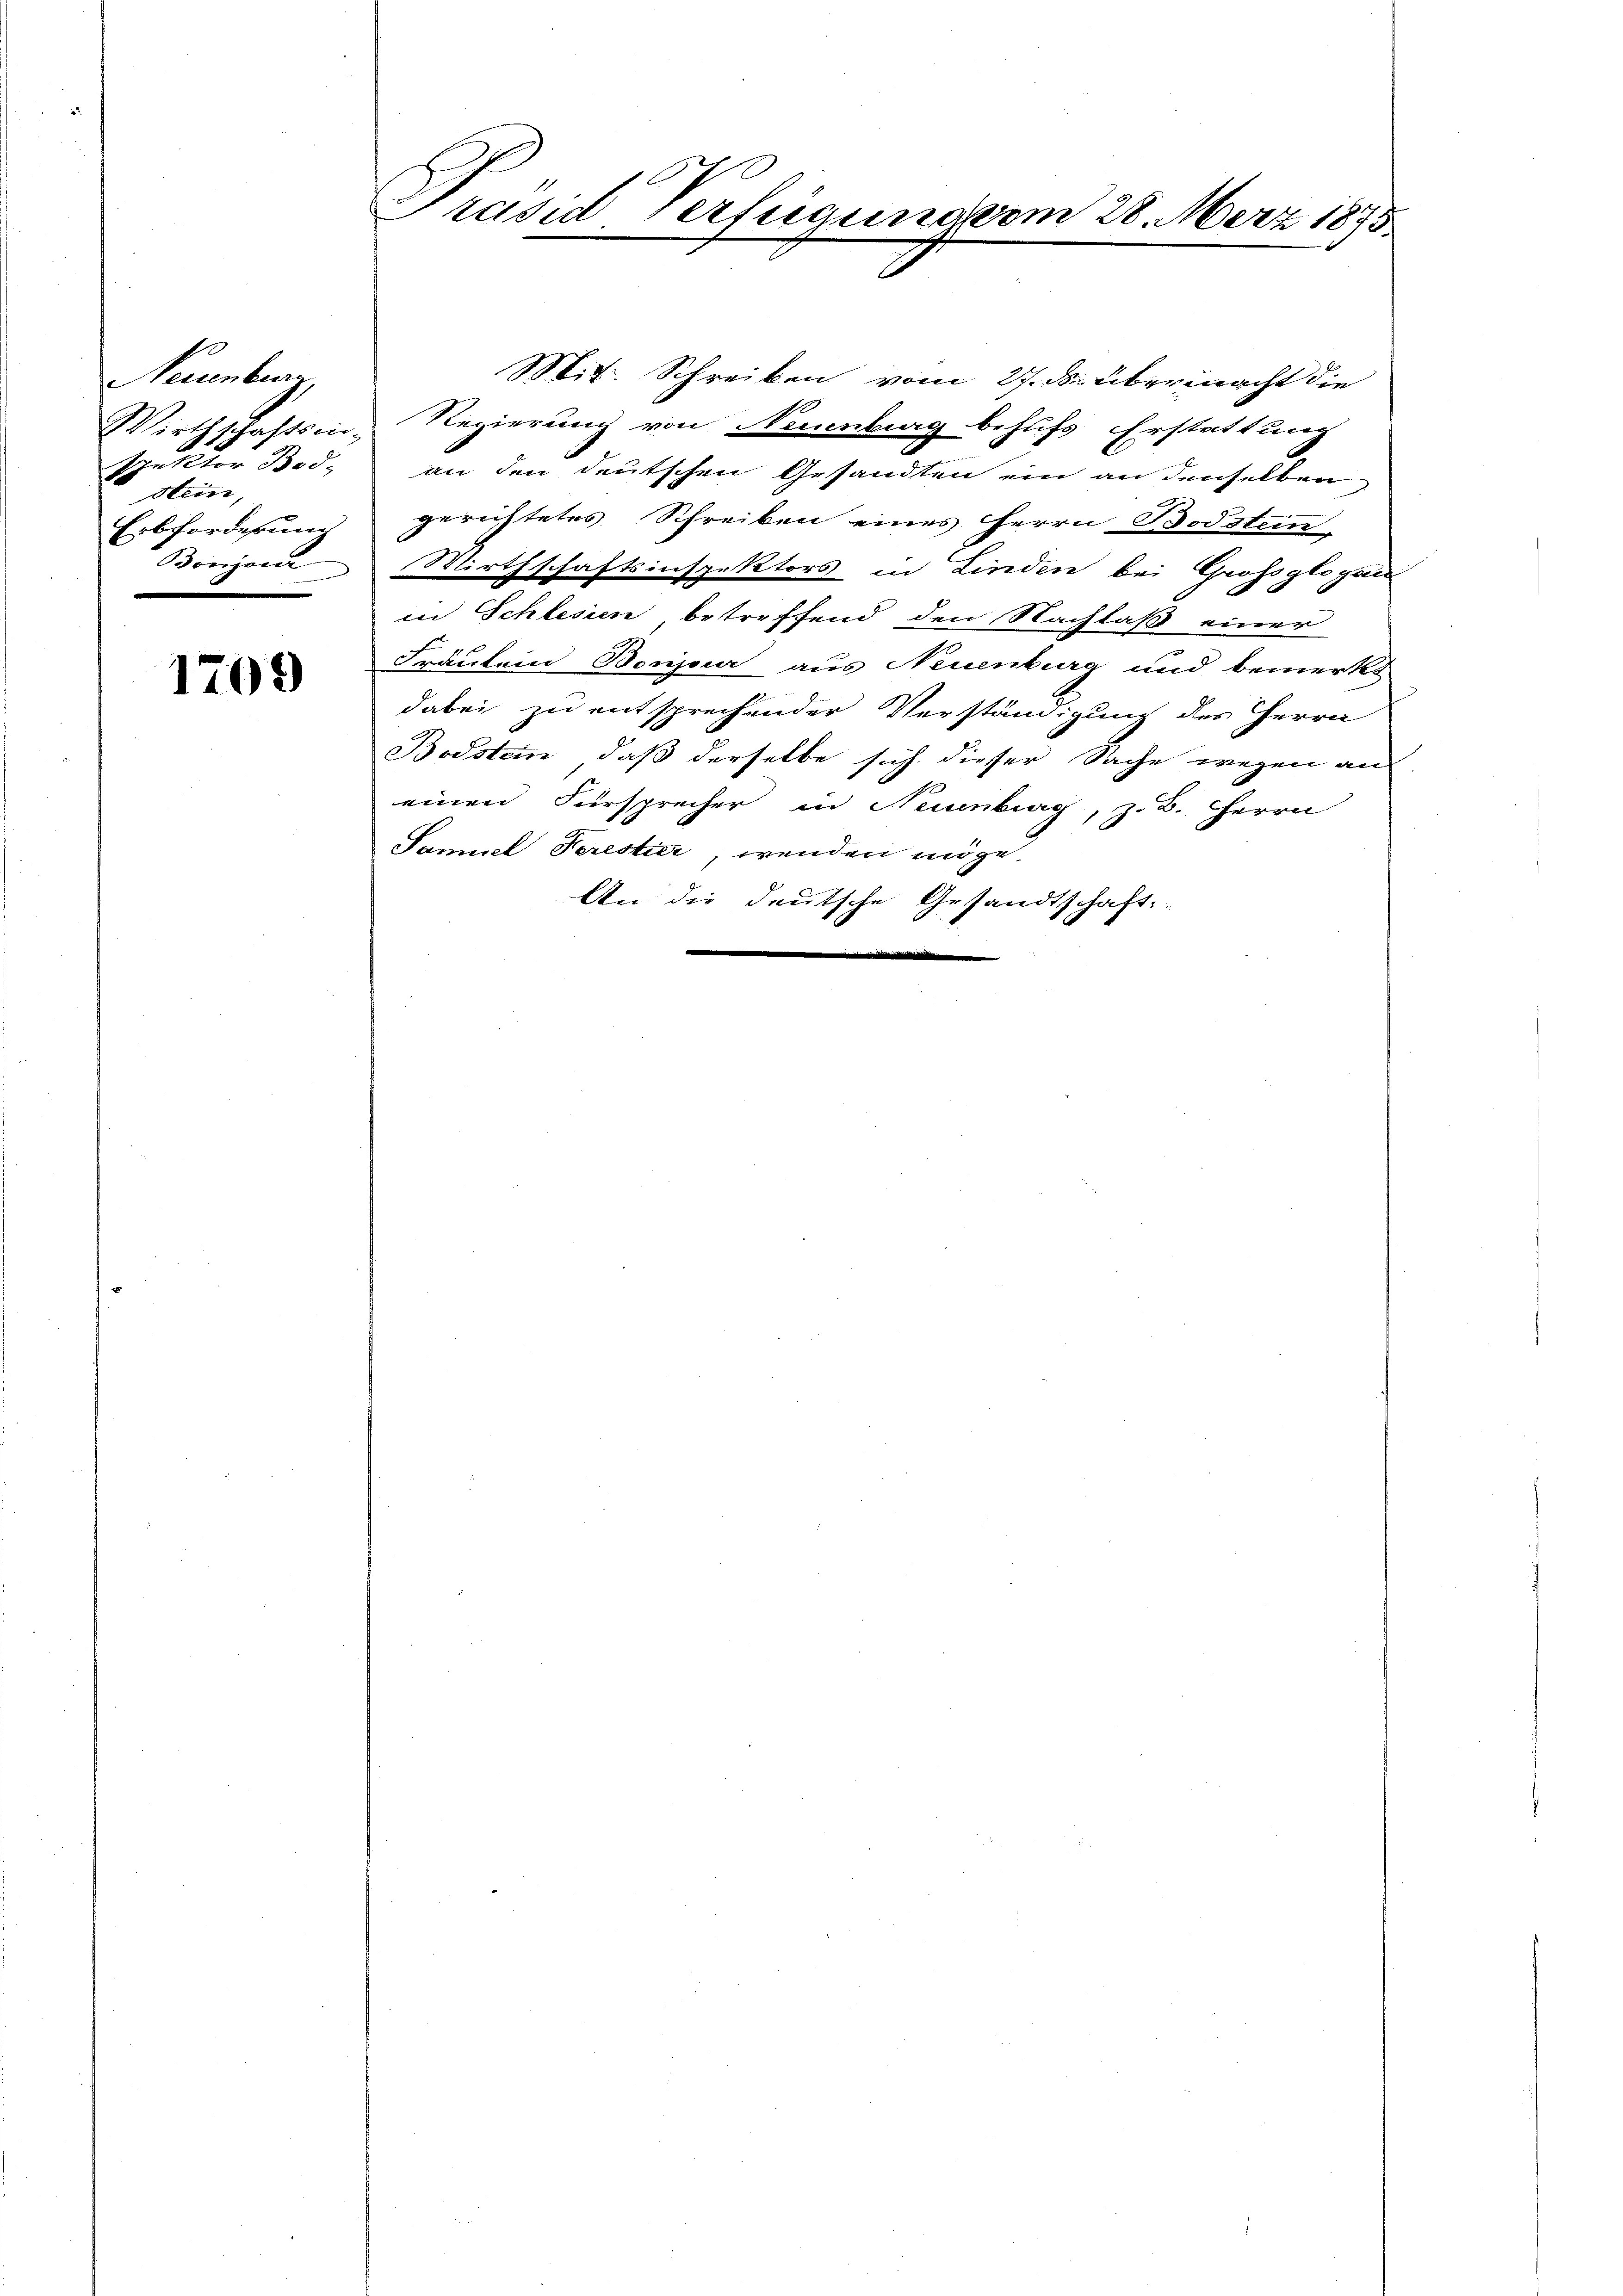
Neuenburg,
Wirthschaftsin-
Spektor Bod
stein,
Erbforderung
Bonjeni

1709

rasid Verfügung vom 28. März 1875

Mit. Schreiben vom 27. ds. übermacht die
Regierung von Neuenburg behufs Erstattung
an den deutschen Gesandten ein an denselben
gerichtetes Schreiben eines Herrn Bodstein
Wirthschaftsinspektors in Linden bei Grossglogai
in Schlesien betreffend den Nachlaß einer
Fräulein Bonjeur aus Neuenburg und bemerkt
dabei zu entsprechender Verständigung des Herrn
Bodstein, daß derselbe sich dieser Sache wegen au
einen Fürsprecher in Neuenburg, z. B. Herrn
Samuel Terestier, wenden möge.
An die deutsche Gesandtschaft.